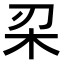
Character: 𣏉